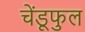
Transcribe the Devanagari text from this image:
चेंडूफुल